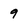
Character: 9